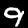
Label: 9